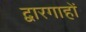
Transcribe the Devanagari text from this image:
द्वारगाहों